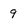
Character: 9